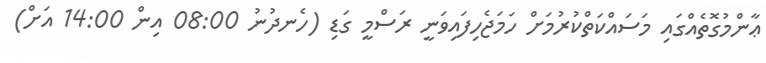
ޢާންމުގޮތެއްގައި މަސައްކަތްކުރުމަށް ހަމަޖެހިފައިވަނީ ރަސްމީ ގަޑި (ހެނދުނު 08:00 އިން 14:00 އަށް)